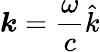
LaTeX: \boldsymbol{k}=\frac{\omega}{c}\hat{k}